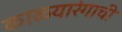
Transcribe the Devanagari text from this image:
काळ्यारंगाची